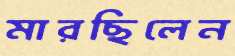
মারছিলেন